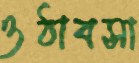
ওঠাবসা